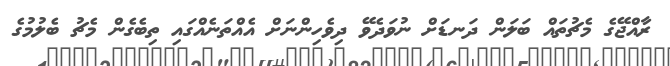
ރާއްޖޭގެ މެޗުތައް ބަލަން ދަނޑަށް ނުވަދެވޭ ދިވެހިންނަށް އެއްތަނެއްގައި ތިބެގެން މެޗު ބެލުމުގެ